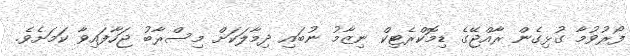
ފޯރުވުމާ ގުޅިގެން ރާއްޖޭގެ ޑިމޮކްރެޓިކް ނިޒާމު ނުބައި ދިމާލަކަށް މިސްރާބު ޖަހާފައިވާ ކަމަށެވެ.